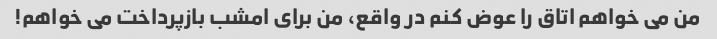
من می خواهم اتاق را عوض کنم در واقع، من برای امشب بازپرداخت می خواهم!